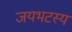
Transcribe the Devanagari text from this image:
जयभटस्य